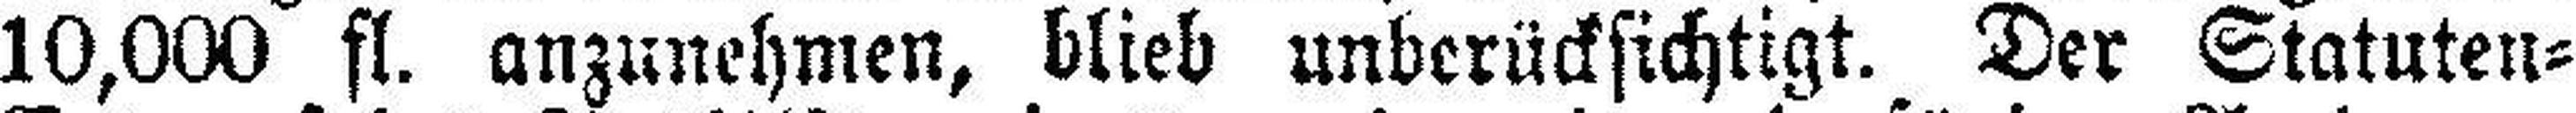
10,000 fl. anzunehmen, blieb unberücksichtigt. Der Statuten=